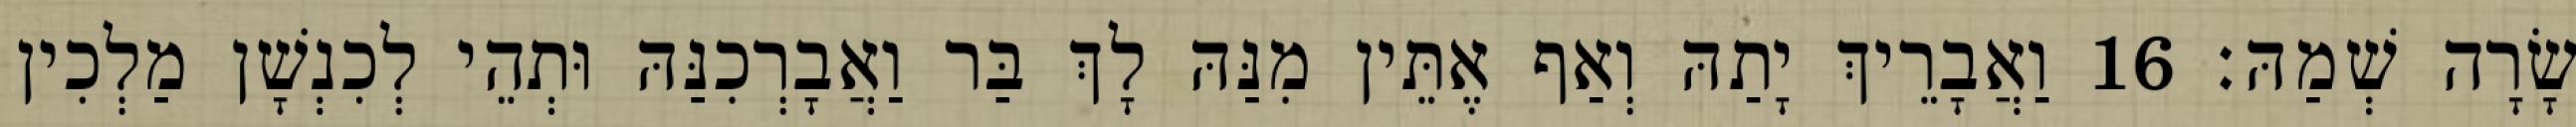
שָׂרָה שְׁמַהּ׃ 16 וַאֲבָרֵיךְ יָתַהּ וְאַף אֶתֵּין מִנַּהּ לָךְ בַּר וַאֲבָרְכִנַּהּ וּתְהֵי לְכִנְשָׁן מַלְכִין